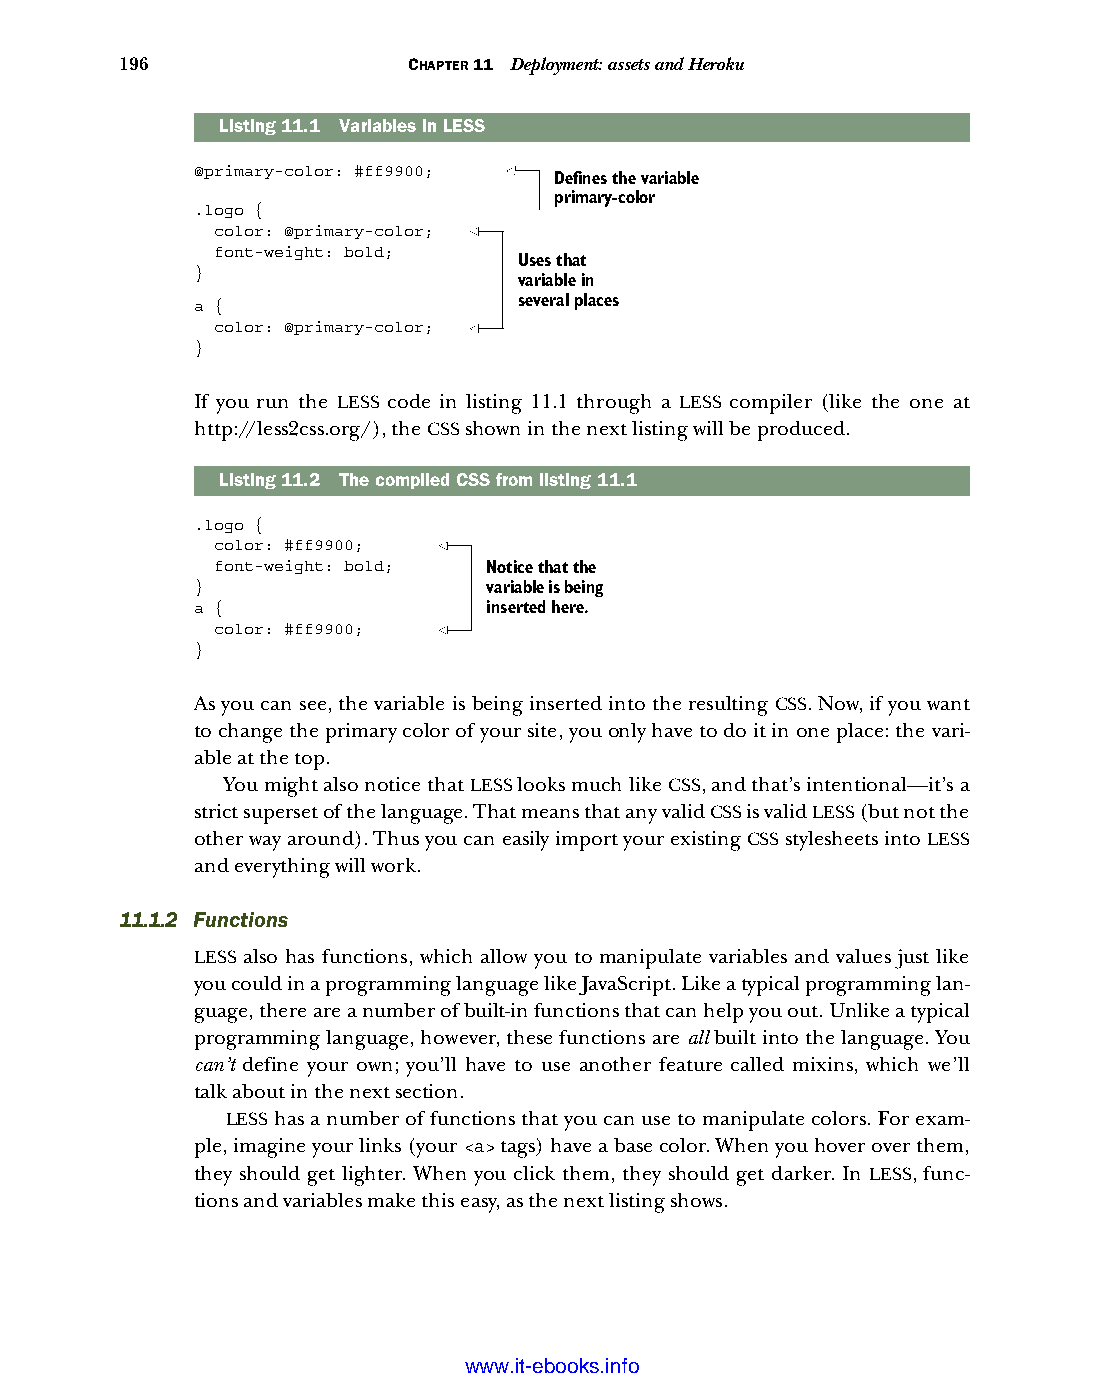
196                CHAPTER 11 Deployment: assets and Heroku
 Listing11.1 Variables in LESS
 @primary-color: #ff9900;
 Defines the variable
 primary-color
 .logo {
 color: @primary-color;
 font-weight: bold;
 Uses that
 }
 variable in
 a {                  several places
 color: @primary-color;
 }
 If you run the LESS code in listing 11.1 through a LESS compiler (like the one at
 http://less2css.org/), the CSS shown in the next listing will be produced.
 Listing11.2 The compiled CSS from listing 11.1
 .logo {
 color: #ff9900;
 font-weight: bold; Notice that the
 }                  variable is being
 a {                inserted here.
 color: #ff9900;
 }
 As you can see, the variable is being inserted into the resulting CSS. Now, if you want
 to change the primary color of your site, you only have to do it in one place: the vari-
 able at the top.
 You might also notice that LESS looks much like CSS, and that’s intentional—it’s a
 strict superset of the language. That means that any valid CSS is valid LESS (but not the
 other way around). Thus you can easily import your existing CSS stylesheets into LESS
 and everything will work.
 11.1.2 Functions
 LESS also has functions, which allow you to manipulate variables and values just like
 you could in a programming language like JavaScript. Like a typical programming lan-
 guage, there are a number of built-in functions that can help you out. Unlike a typical
 programming language, however, these functions are all built into the language. You
 can’t define your own; you’ll have to use another feature called mixins, which we’ll
 talk about in the next section.
 LESS has a number of functions that you can use to manipulate colors. For exam-
 ple, imagine your links (your <a> tags) have a base color. When you hover over them,
 they should get lighter. When you click them, they should get darker. In LESS, func-
 tions and variables make this easy, as the next listing shows.
 Licensed wtow w <.mit-ielebro.8o8k8s@.ingfomail.com>